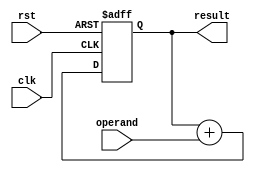
module cascaded_accumulator(
    input wire clk,
    input wire rst,
    input wire [7:0] operand,
    output reg [15:0] result
);

reg [15:0] acc;

always @(posedge clk or posedge rst) begin
    if (rst) begin
        acc <= 0;
    end else begin
        acc <= acc + operand;
    end
end

assign result = acc;

endmodule